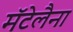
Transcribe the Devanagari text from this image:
मॅटेलैना